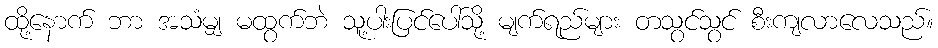
ထို့နောက် ဘာ အသံမျှ မထွက်ဘဲ သူ့ပါးပြင်ပေါ်သို့ မျက်ရည်များ တသွင်သွင် စီးကျလာလေသည်။